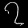
Digit: ၇